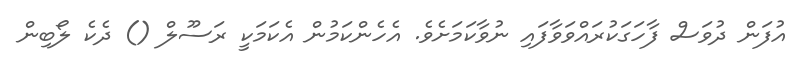
އުފަން ދުވަސް ފާހަގަކުރައްވަވާފައި ނުވާކަމަށެވެ. އެހެންކަމުން އެކަމަކީ ރަސޫލް () ދެކެ ލޯބިން